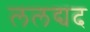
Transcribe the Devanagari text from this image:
ललद्यद